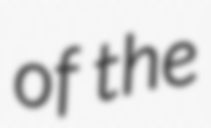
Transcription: of the